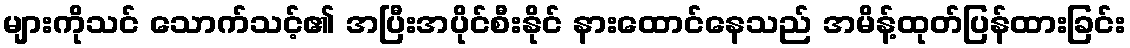
များကိုသင် သောက်သင့်၏ အပြီးအပိုင်စီးနိုင် နားထောင်နေသည် အမိန့်ထုတ်ပြန်ထားခြင်း